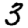
Digit: 3